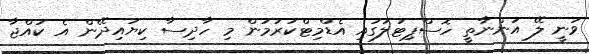
ވަނީ ލޭ އަންނާތީ ހޮސްޕިޓަލުގައި އެޑްމިޓްކުރުމުން މި ހާދިސާ ކިޔައިދޭން އެ ކުއްޖާ